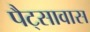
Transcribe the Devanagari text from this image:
पैट्सावास